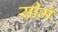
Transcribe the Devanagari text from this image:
सीमे